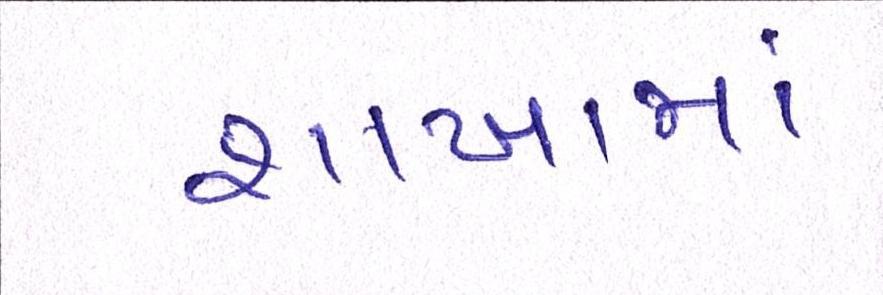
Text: શાખામાં